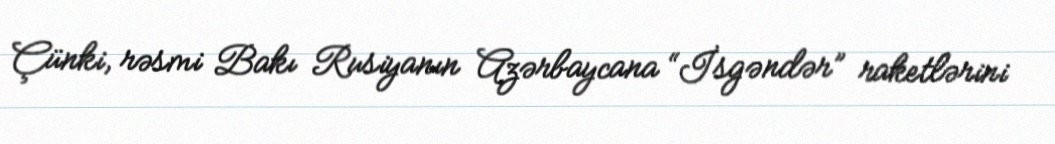
Çünki, rəsmi Bakı Rusiyanın Azərbaycana “İsgəndər” raketlərini